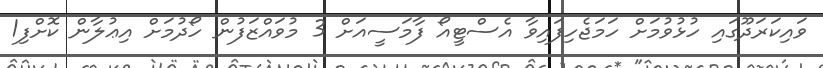
ވައިކަރަދޫގައި ހުޅުވުމަށް ހަމަޖެހިފައިވާ އެސްޓީއޯ ފާމަސީއަށް 3 މުވައްޒަފުން ހޯދުމަށް އިޢުލާން ކޮށްފި1